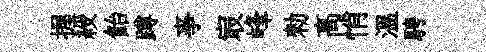
握綬飴蹲亊㝡峰勑髙悄温騁